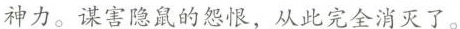
神力。谋害隐鼠的怨恨，从此完全消灭了